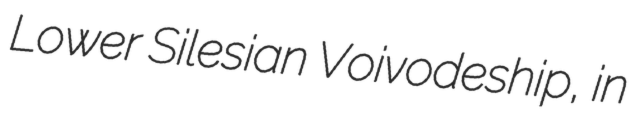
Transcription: Lower Silesian Voivodeship, in